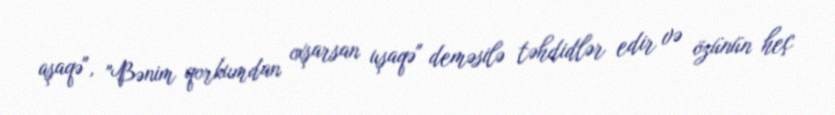
aşaqə", "Bənim qorkumdan oxşarsan uşaqə" deməsilə təhdidlər edir və özünün heç